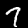
Label: 7